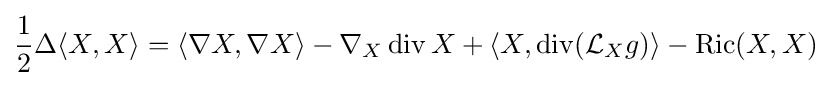
{\frac {1}{2}}\Delta \langle X,X\rangle =\langle \nabla X,\nabla X\rangle -\nabla _{X}\operatorname {div} X+\langle X,\operatorname {div} ({\mathcal {L}}_{X}g)\rangle -\operatorname {Ric} (X,X)